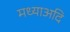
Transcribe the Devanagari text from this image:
मध्याअदि